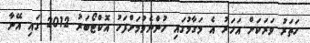
ހަތަރު ވަރަކަށް އަހަރު އެ މަގާމުގައި ހުންނެވުމަށްފަހު އޮކްޓޯބަރު 2012 ގައި އޭނާ